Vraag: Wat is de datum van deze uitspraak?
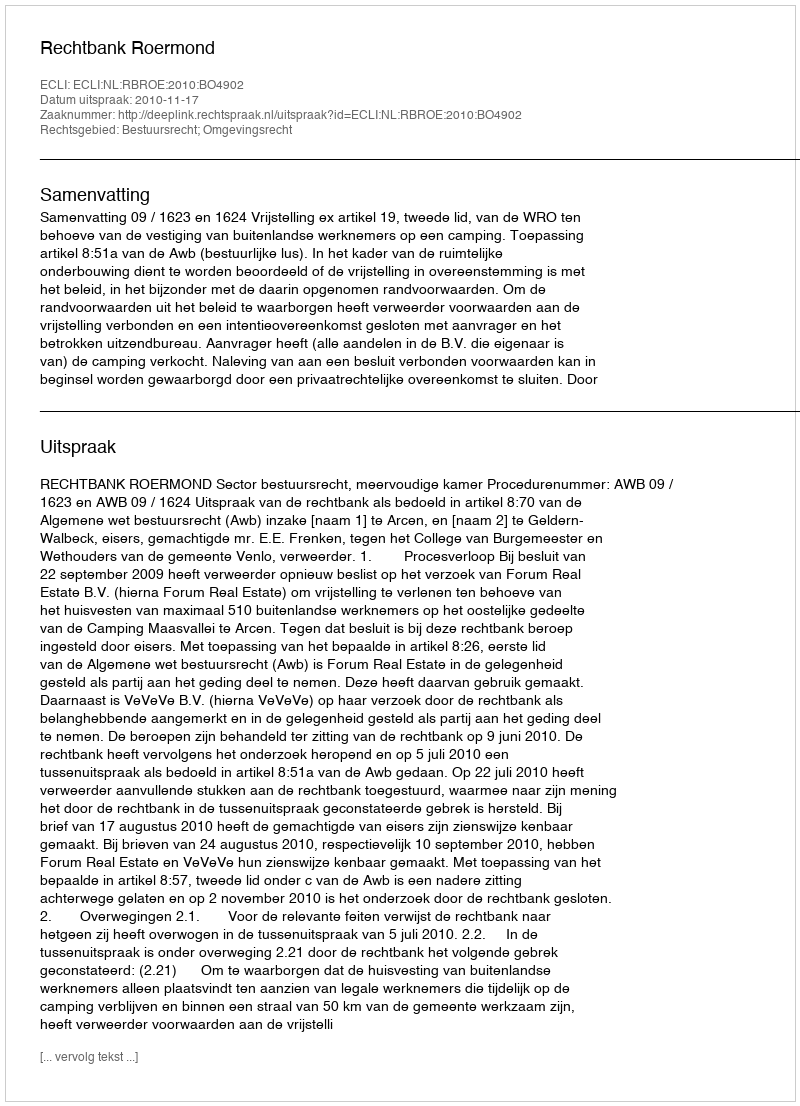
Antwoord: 2010-11-17